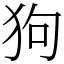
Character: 狗